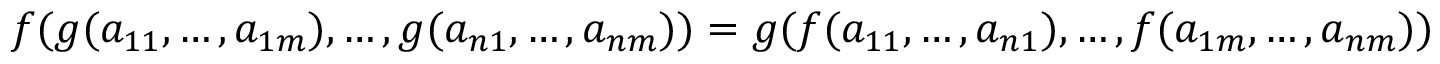
f ( g ( a _ { 1 1 } , \ldots , a _ { 1 m } ) , \ldots , g ( a _ { n 1 } , \ldots , a _ { n m } ) ) = g ( f ( a _ { 1 1 } , \ldots , a _ { n 1 } ) , \ldots , f ( a _ { 1 m } , \ldots , a _ { n m } ) )